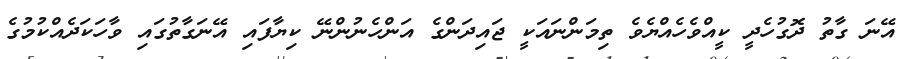
އޭނަ ގާތު ދޮގުހެދީ ކީއްވެހެއްޔެވެ ތިމަންނައަކީ ޖައިދަންގެ އަންހެނުންނޭ ކިޔާފައި އޭނަގާތުގައި ވާހަކަދެއްކުމުގެ